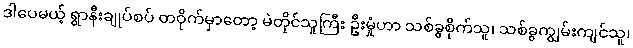
ဒါပေမယ့် ရွာနီးချုပ်စပ် တဝိုက်မှာတော့ မဲတိုင်သူကြီး ဦးမှုံဟာ သစ်ခွစိုက်သူ၊ သစ်ခွကျွမ်းကျင်သူ၊